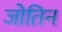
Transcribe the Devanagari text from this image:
जोतिन